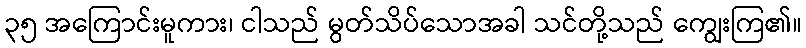
၃၅ အကြောင်းမူကား၊ ငါသည် မွတ်သိပ်သောအခါ သင်တို့သည် ကျွေးကြ၏။